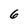
Character: 6